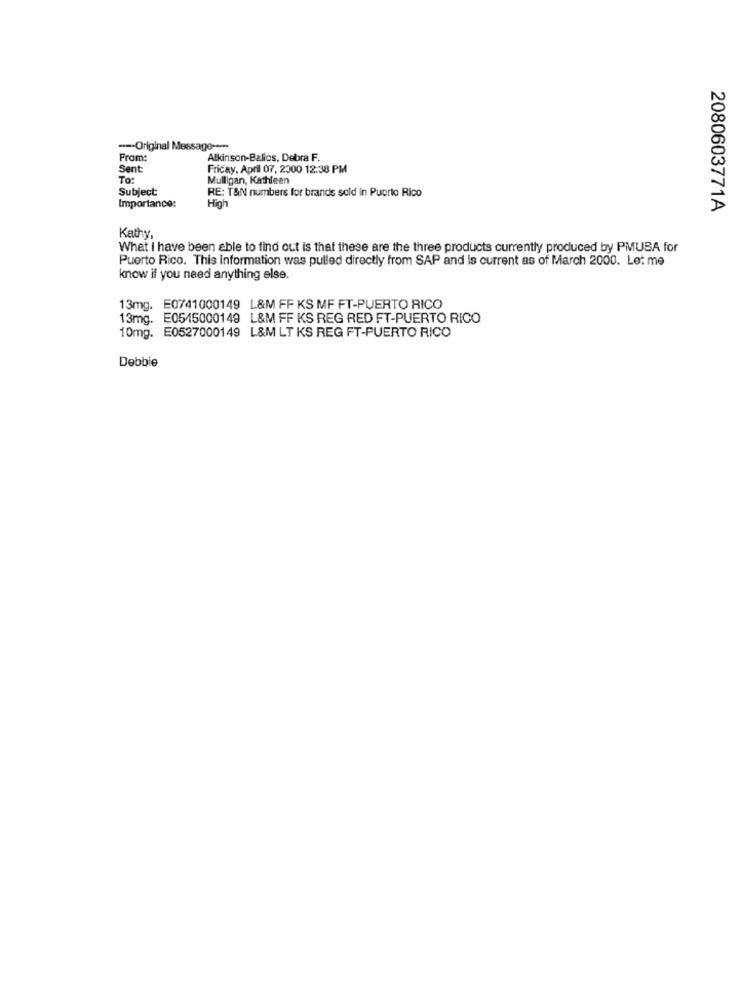
--- Original Message -****
From:
Alkinson-Balics, Debra F.
Sent
Friday, April 07, 2000 12:38 PM
To:
Mulligan, Kathleen
Subject
RE: T&N numbers for brands sold in Puerto Rico
Importance:
High
2080603771A
Kathy,
What I have been able to find out is that these are the three products currently produced by PMUSA for
Puerto Rico. This information was pulled directly from SAP and is current as of March 2000. Let me
know if you need anything else.
13mg. E0741000149 L&M FF KS MF FT-PUERTO RICO
13mg. E0545000149 L&M FF KS REG RED FT-PUERTO RICO
10mg. E0527000149 L&M LT KS REG FT-PUERTO RICO
Debbie